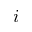
i